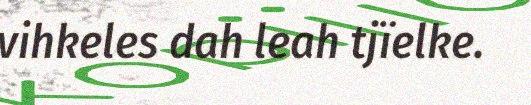
vihkeles dah leah tjïelke.